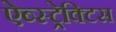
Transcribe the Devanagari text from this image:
ऐब्स्ट्रेक्टिस